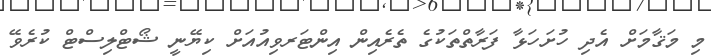
މި މަޤާމަށް އެދި ހުށަހަޅާ ފަރާތްތަކުގެ ތެރެއިން އިންޓަރވިއުއަށް ކިޔޭނީ ޝޯޓްލިސްޓް ކުރެވޭ